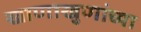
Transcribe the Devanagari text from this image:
खाणाखुणांच्या